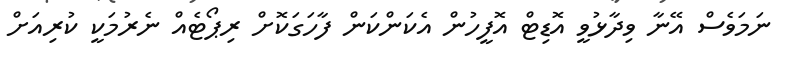
ނަމަވެސް އޭނާ ވިދާޅުވީ އޮޑިޓް އޮފީހުން އެކަންކަން ފާހަގަކޮށް ރިޕޯޓެއް ނެރުމަކީ ކުރިއަށް